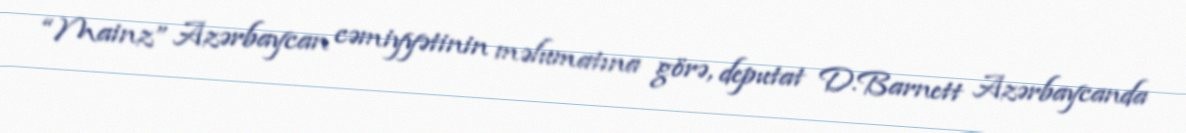
“Mainz” Azərbaycan cəmiyyətinin məlumatına görə, deputat D.Barnett Azərbaycanda